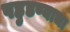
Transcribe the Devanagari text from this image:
पहुडण्याचा